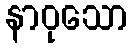
နာဝုသော